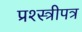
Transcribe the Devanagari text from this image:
प्रश्स्त्रीपत्र